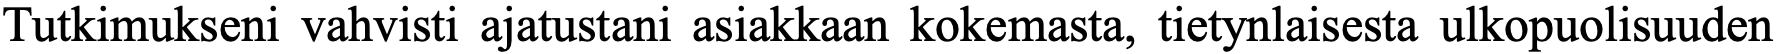
Tutkimukseni vahvisti ajatustani asiakkaan kokemasta, tietynlaisesta ulkopuolisuuden